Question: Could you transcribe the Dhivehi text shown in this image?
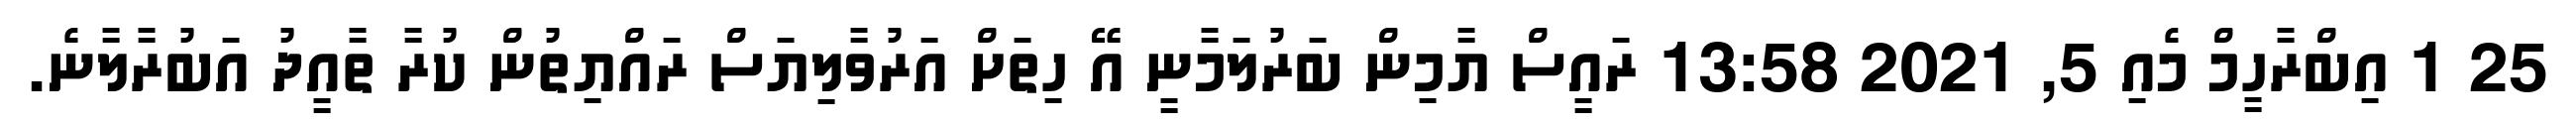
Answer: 25 1 އިބްރާހީމް މެއި 5, 2021 13:58 ރައީސް ޔާމިން ބަރުލަމާނީ އޭ ހިތަށް އަރުވާލިޔަސް ރައްޔިތުން ކުރާ ތާއީދު އަބުރާލާނެ.